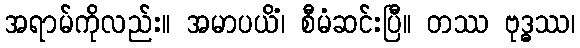
အရာမ်ကိုလည်း။ အမာပယိံ၊ စီမံဆင်းပြီ။ တဿ ဗုဒ္ဓဿ၊